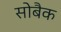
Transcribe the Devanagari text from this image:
सोबैक